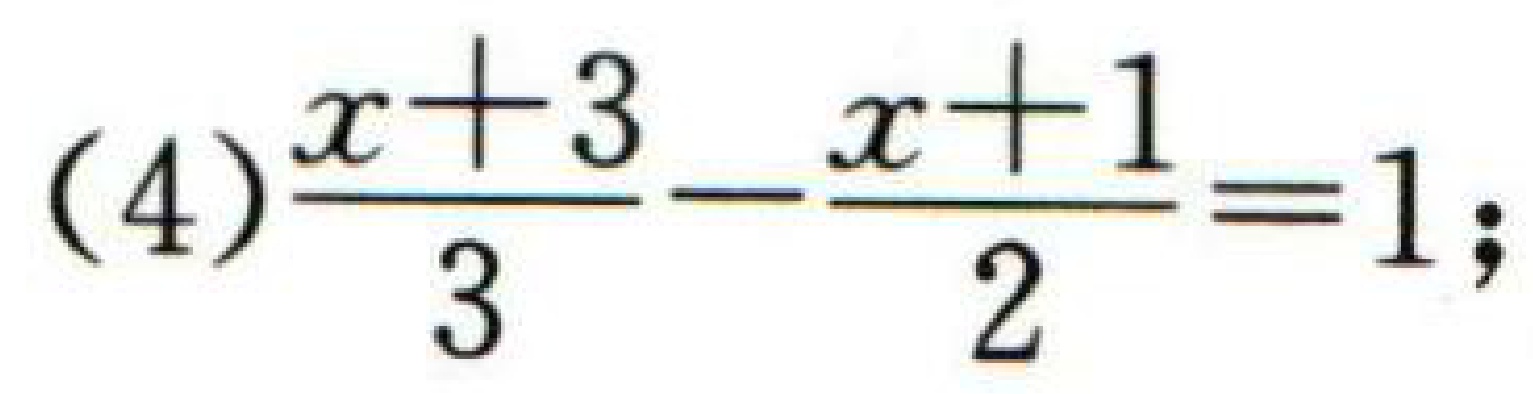
(4)\(\dfrac{x + 3}{3}-\dfrac{x + 1}{2}=1\);